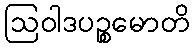
ဩဝါဒပဉ္စမောတိ